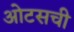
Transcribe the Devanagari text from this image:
ओटसची